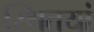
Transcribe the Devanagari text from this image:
स्थितयां